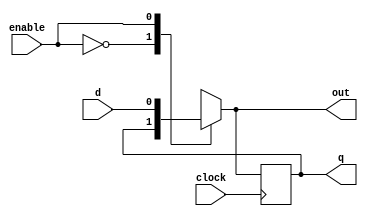
module d_ff_back( input d,input clock,input enable,output reg out,output reg q); 
   always @(*)
   begin
    case(enable)
      1'b0:out=q;
      1'b1:out=d;
    endcase
  end
    always @ (posedge clock)
     begin
       q<=out;
     end
  endmodule